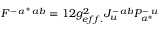
{ \cal F } ^ { - \, \alpha ^ { * } \, a b } = \o { 1 } { 2 } g _ { e f f . } ^ { 2 } J _ { u } ^ { - \, a b } { \cal P } _ { \alpha ^ { * } } ^ { - \, u }